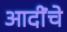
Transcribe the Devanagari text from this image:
आदींंचे